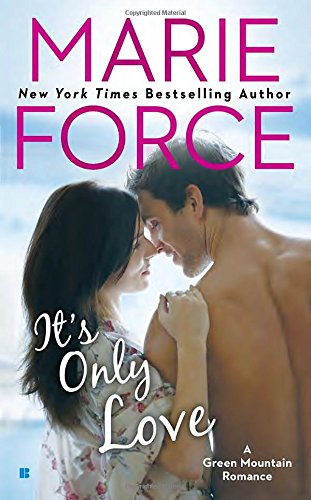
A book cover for It's Only Love (A Green Mountain Romance); Marie Force; Romance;